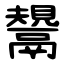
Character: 鬹